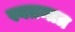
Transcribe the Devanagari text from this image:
स्वतन्तत्र